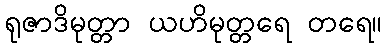
ရုဇာဒိမုတ္တာ ယဟိမုတ္တရေ တရေ။